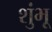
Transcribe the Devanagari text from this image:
शुंभू